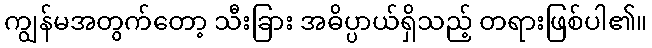
ကျွန်မအတွက်တော့ သီးခြား အဓိပ္ပာယ်ရှိသည့် တရားဖြစ်ပါ၏။